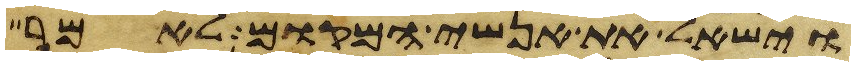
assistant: וישאל את אנשי המקום לאמר